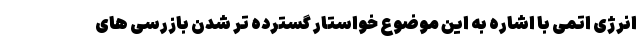
انرژی اتمی با اشاره به این موضوع خواستار گسترده تر شدن بازرسی های